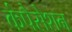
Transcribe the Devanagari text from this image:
कंपैसेशन